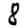
Digit: 8